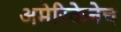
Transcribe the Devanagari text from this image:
अमेरिकेनेच